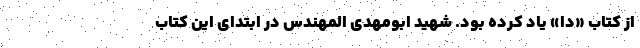
از کتاب «دا» یاد کرده بود. شهید ابومهدی المهندس در ابتدای این کتاب